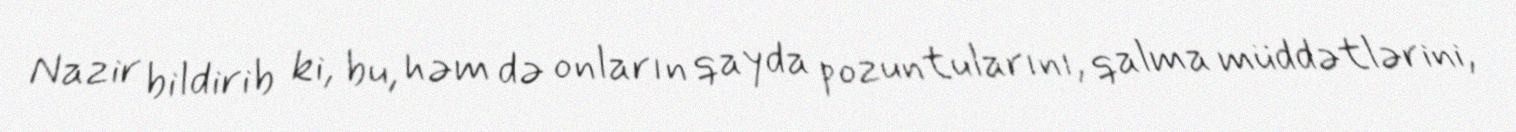
Nazir bildirib ki, bu, həm də onların qayda pozuntularını, qalma müddətlərini,